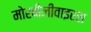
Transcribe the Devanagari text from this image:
मोरबीलीवाइरस